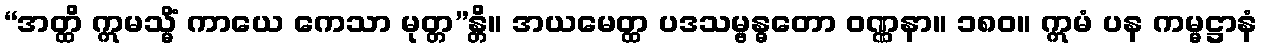
“အတ္ထိ ဣမသ္မိံ ကာယေ ကေသာ မုတ္တ”န္တိ။ အယမေတ္ထ ပဒသမ္ဗန္ဓတော ဝဏ္ဏနာ။ ၁၈၀။ ဣမံ ပန ကမ္မဋ္ဌာနံ